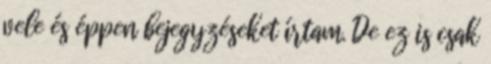
vele és éppen bejegyzéseket írtam. De ez is csak